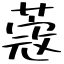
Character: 蔲